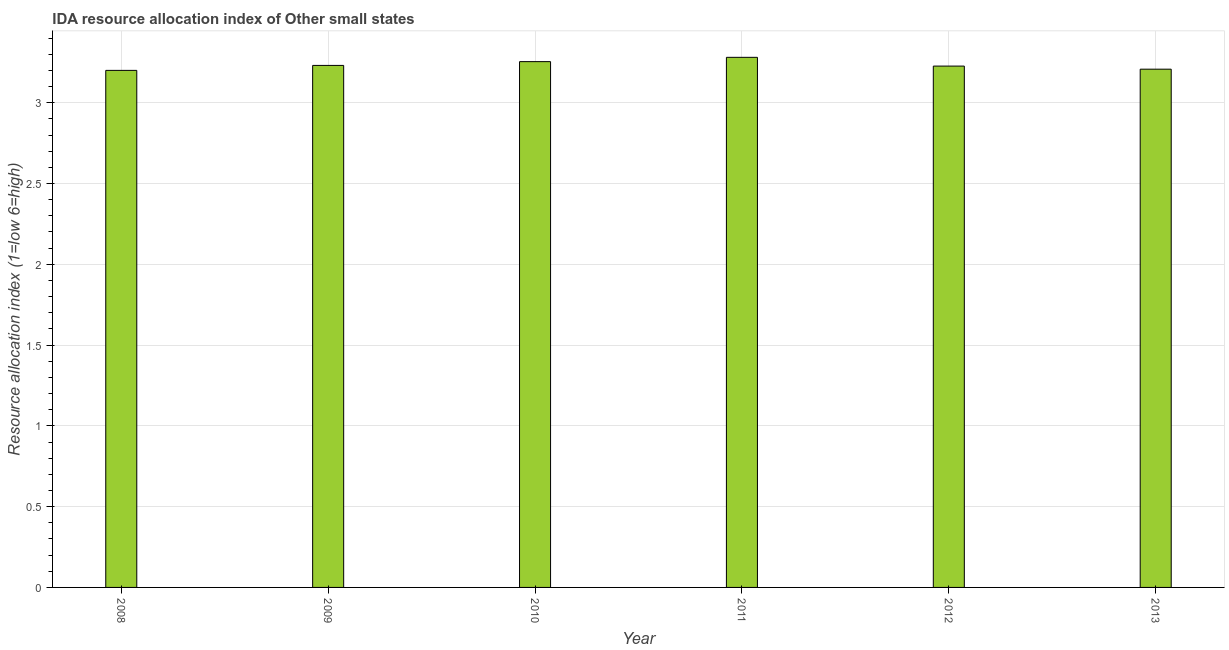
| Year | IDA resource allocation index |
 | --- | --- |
 | 2008 | 3.2 |
 | 2009 | 3.23 |
 | 2010 | 3.25 |
 | 2011 | 3.28 |
 | 2012 | 3.23 |
 | 2013 | 3.21 |